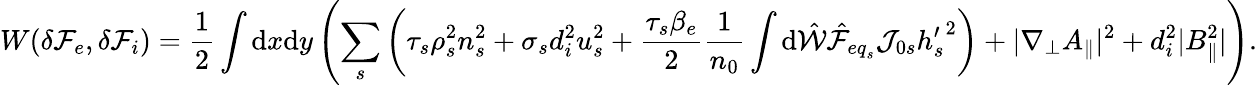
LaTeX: W(\delta{\mathcal F}_{e},\delta{\mathcal F}_{i})=\frac{1}{2}\int\mathrm{d}x\mathrm{d}y\left(\sum_{s}\left(\tau_{s}\rho_{s}^{2}n_{s}^{2}+\sigma_{s}d_{i}^{2}u_{s}^{2}+\frac{\tau_{s}\beta_{e}}{2}\frac{1}{n_{0}}\int\mathrm{d}\hat{\mathcal{W}}\hat{\mathcal{F}}_{{eq}_{s}}\mathcal{J}_{0s}{h_{s}^{\prime}}^{2}\right)+|\nabla_{\perp}A_{\parallel}|^{2}+d_{i}^{2}|B_{\parallel}^{2}|\right).